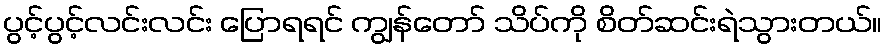
ပွင့်ပွင့်လင်းလင်း ပြောရရင် ကျွန်တော် သိပ်ကို စိတ်ဆင်းရဲသွားတယ်။